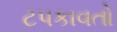
ટપકાવતો